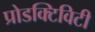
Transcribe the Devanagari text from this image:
प्रोडक्टिविटी